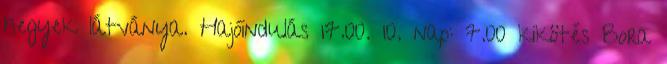
hegyek látványa. Hajóindulás 17.00. 10. nap: 7.00 kikötés Bora